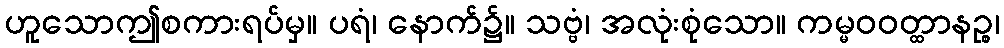
ဟူသောဤစကားရပ်မှ။ ပရံ၊ နောက်၌။ သဗ္ဗံ၊ အလုံးစုံသော။ ကမ္မဝဝတ္ထာနဉ္စ၊